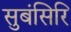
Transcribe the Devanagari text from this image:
सुबंसिरि